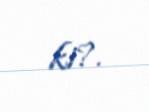
ki?.